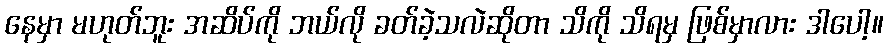
နေမှာ မဟုတ်ဘူး အဆိပ်ကို ဘယ်လို ခတ်ခဲ့သလဲဆိုတာ သိကို သိရမှ ဖြစ်မှာလား ဒါပေါ့။